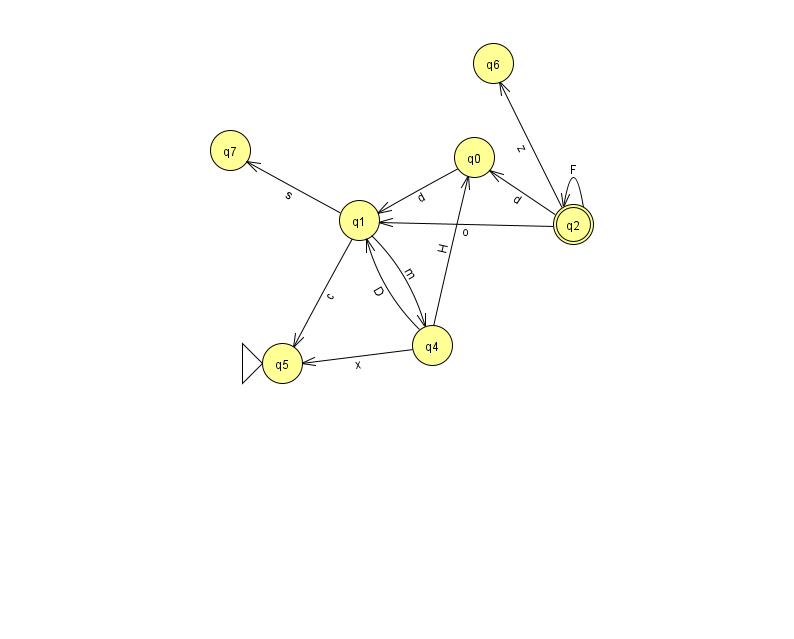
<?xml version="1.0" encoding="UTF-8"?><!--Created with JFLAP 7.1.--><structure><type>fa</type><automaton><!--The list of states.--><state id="0" name="q0"><x>474.0</x><y>144.0</y></state><state id="1" name="q1"><x>359.0</x><y>207.0</y></state><state id="2" name="q2"><x>573.0</x><y>211.0</y><final/></state><state id="4" name="q4"><x>432.0</x><y>332.0</y></state><state id="5" name="q5"><x>282.0</x><y>350.0</y><initial/></state><state id="6" name="q6"><x>493.0</x><y>50.0</y></state><state id="7" name="q7"><x>230.0</x><y>137.0</y></state><!--The list of transitions.--><transition><from>4</from><to>0</to><read>H</read></transition><transition><from>1</from><to>7</to><read>s</read></transition><transition><from>4</from><to>1</to><read>D</read></transition><transition><from>2</from><to>2</to><read>F</read></transition><transition><from>1</from><to>5</to><read>c</read></transition><transition><from>2</from><to>6</to><read>z</read></transition><transition><from>0</from><to>1</to><read>d</read></transition><transition><from>1</from><to>4</to><read>m</read></transition><transition><from>2</from><to>0</to><read>d</read></transition><transition><from>4</from><to>5</to><read>x</read></transition><transition><from>2</from><to>1</to><read>o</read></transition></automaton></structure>